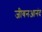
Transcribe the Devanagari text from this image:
जीबनआनंद